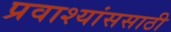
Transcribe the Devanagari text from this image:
प्रवाश्यांससाठी